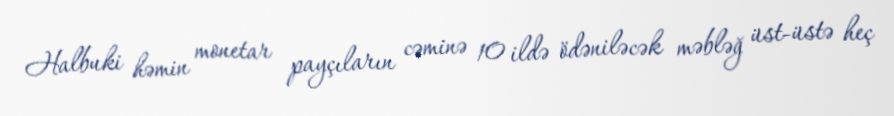
Halbuki həmin monetar payçıların cəminə 10 ildə ödəniləcək məbləğ üst-üstə heç